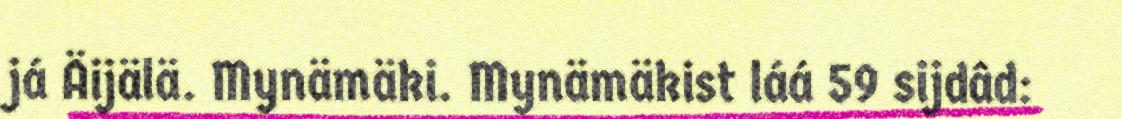
já Äijälä. Mynämäki. Mynämäkist láá 59 sijdâd: